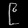
Digit: ၉